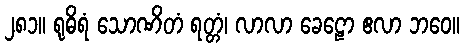
၂၈၁။ ရုဓိရံ သောဏိတံ ရတ္တံ၊ လာလာ ခေဠော ဧလာ ဘဝေ။